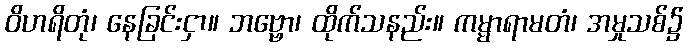
ဝိဟရိတုံ၊ နေခြင်းငှာ။ ဘဗ္ဗော၊ ထိုက်သနည်း။ ကမ္မာရာမတံ၊ အမှုသစ်၌